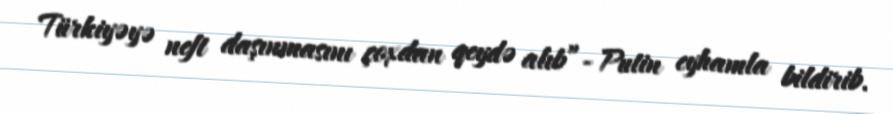
Türkiyəyə neft daşınmasını çoxdan qeydə alıb”- Putin eyhamla bildirib.